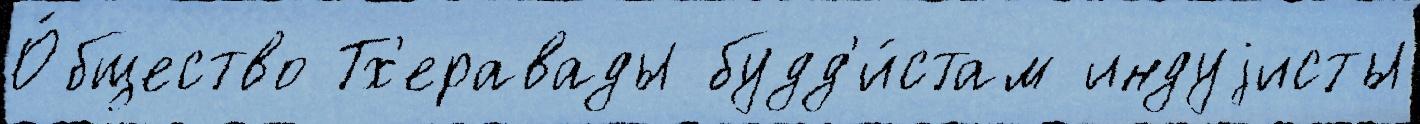
О́бщество Тх'еравады будд'и́стам индуjисты